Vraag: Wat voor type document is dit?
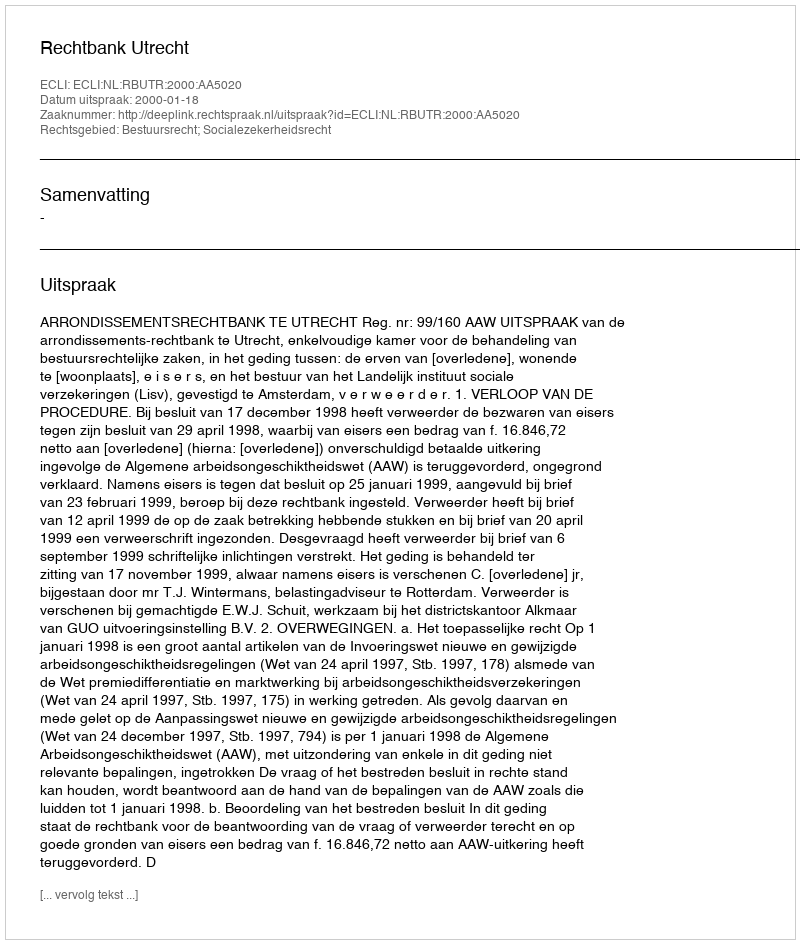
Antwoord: Uitspraak